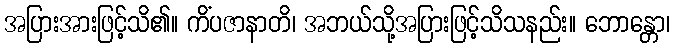
အပြားအားဖြင့်သိ၏။ ကိံပဇာနာတိ၊ အဘယ်သို့အပြားဖြင့်သိသနည်း။ ဘောန္တော၊